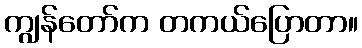
ကျွန်တော်က တကယ်ပြောတာ။